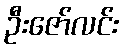
ဦးဇော်လင်း